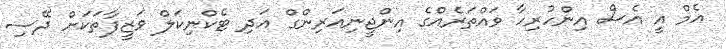
އެމް އީ އެސް އިންހުރިހާ ވައްތަރެއްގެ އިންޖީނިއަރިންގް އަދި ޓެކްނިކަލް ވަޒީފާތަކަށް ދޭސި